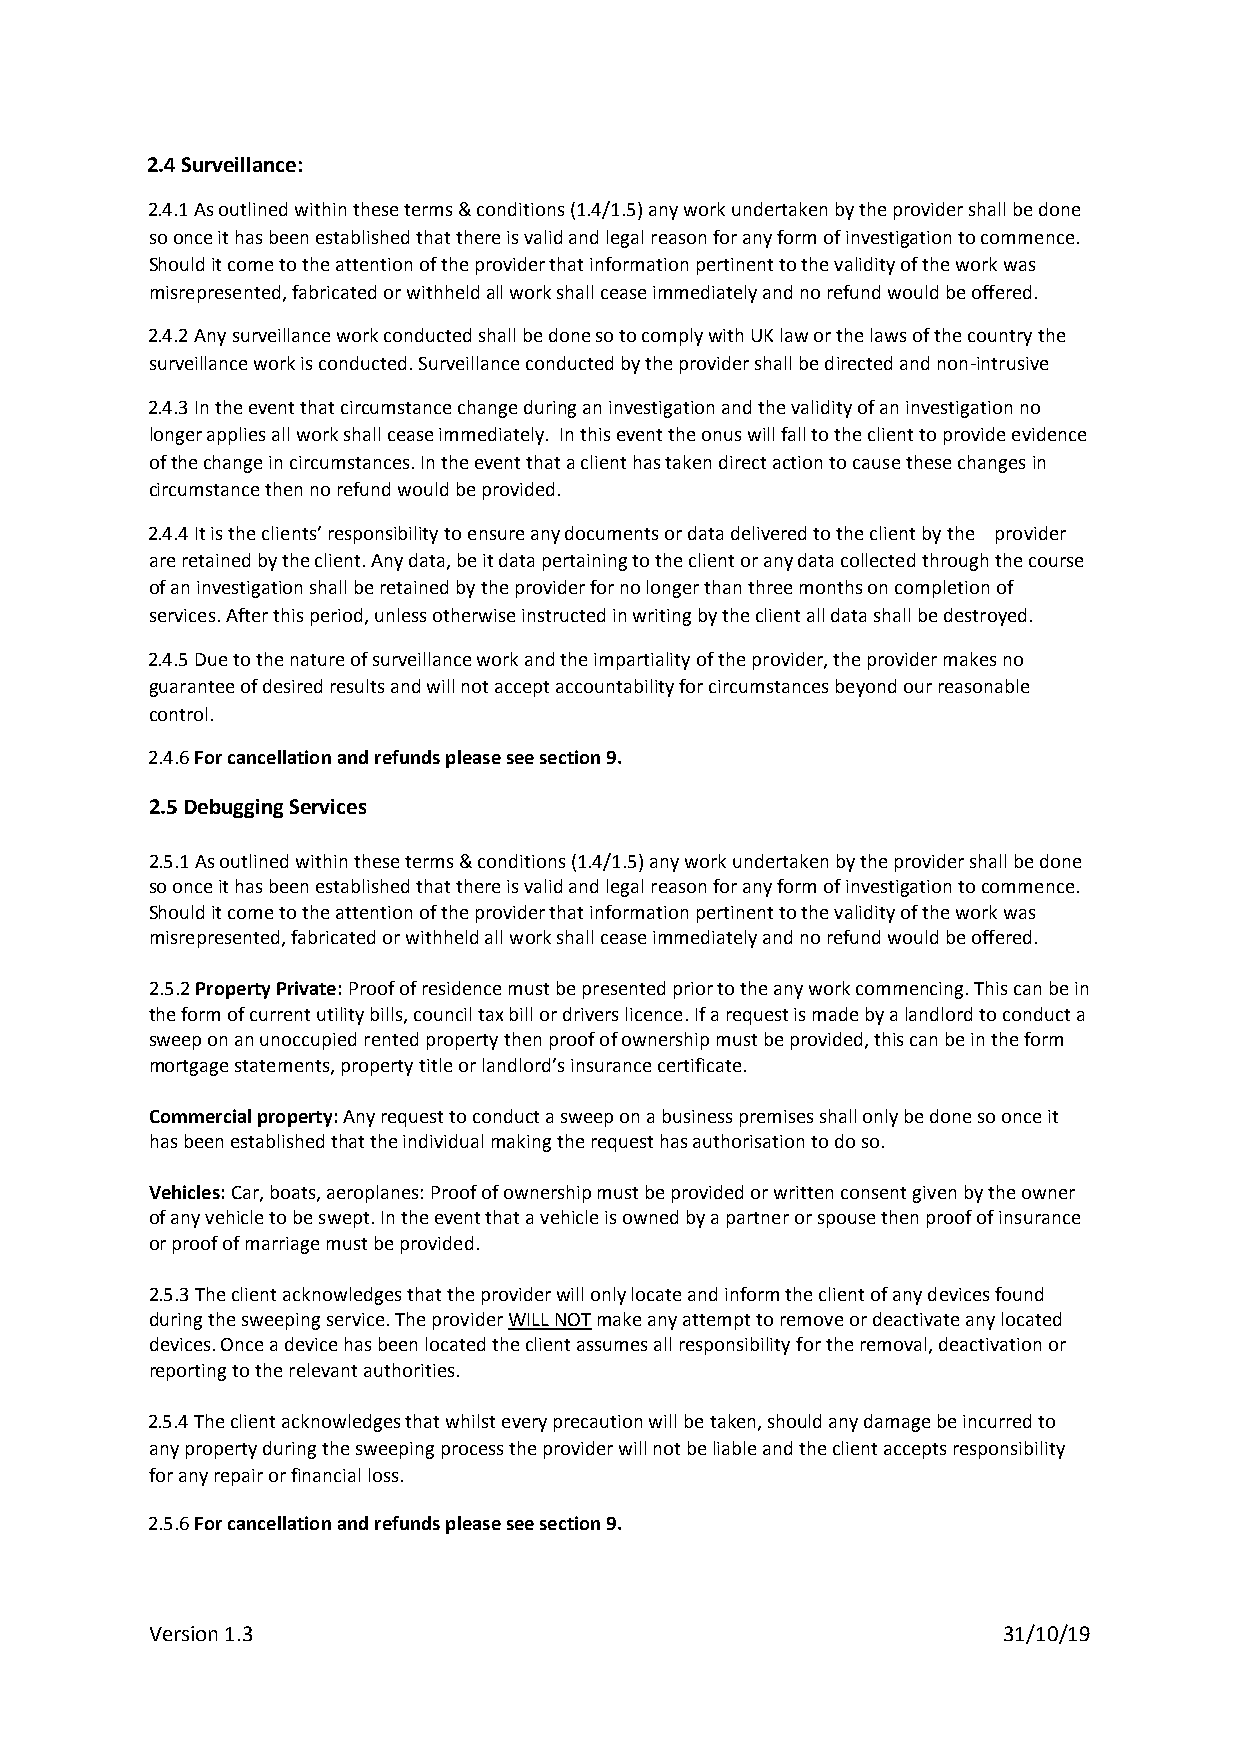
2.4 Surveillance:
 2.4.1 As outlined within these terms & conditions (1.4/1.5) any work undertaken by the provider shall be done
 so once it has been established that there is valid and legal reason for any form of investigation to commence.
 Should it come to the attention of the provider that information pertinent to the validity of the work was
 misrepresented, fabricated or withheld all work shall cease immediately and no refund would be offered.
 2.4.2 Any surveillance work conducted shall be done so to comply with UK law or the laws of the country the
 surveillance work is conducted. Surveillance conducted by the provider shall be directed and non-intrusive
 2.4.3 In the event that circumstance change during an investigation and the validity of an investigation no
 longer applies all work shall cease immediately. In this event the onus will fall to the client to provide evidence
 of the change in circumstances. In the event that a client has taken direct action to cause these changes in
 circumstance then no refund would be provided.
 2.4.4 It is the clients’ responsibility to ensure any documents or data delivered to the client by the provider
 are retained by the client. Any data, be it data pertaining to the client or any data collected through the course
 of an investigation shall be retained by the provider for no longer than three months on completion of
 services. After this period, unless otherwise instructed in writing by the client all data shall be destroyed.
 2.4.5 Due to the nature of surveillance work and the impartiality of the provider, the provider makes no
 guarantee of desired results and will not accept accountability for circumstances beyond our reasonable
 control.
 2.4.6 For cancellation and refunds please see section 9.
 2.5 Debugging Services
 2.5.1 As outlined within these terms & conditions (1.4/1.5) any work undertaken by the provider shall be done
 so once it has been established that there is valid and legal reason for any form of investigation to commence.
 Should it come to the attention of the provider that information pertinent to the validity of the work was
 misrepresented, fabricated or withheld all work shall cease immediately and no refund would be offered.
 2.5.2 Property Private: Proof of residence must be presented prior to the any work commencing. This can be in
 the form of current utility bills, council tax bill or drivers licence. If a request is made by a landlord to conduct a
 sweep on an unoccupied rented property then proof of ownership must be provided, this can be in the form
 mortgage statements, property title or landlord’s insurance certificate.
 Commercial property: Any request to conduct a sweep on a business premises shall only be done so once it
 has been established that the individual making the request has authorisation to do so.
 Vehicles: Car, boats, aeroplanes: Proof of ownership must be provided or written consent given by the owner
 of any vehicle to be swept. In the event that a vehicle is owned by a partner or spouse then proof of insurance
 or proof of marriage must be provided.
 2.5.3 The client acknowledges that the provider will only locate and inform the client of any devices found
 during the sweeping service. The provider WILL NOT make any attempt to remove or deactivate any located
 devices. Once a device has been located the client assumes all responsibility for the removal, deactivation or
 reporting to the relevant authorities.
 2.5.4 The client acknowledges that whilst every precaution will be taken, should any damage be incurred to
 any property during the sweeping process the provider will not be liable and the client accepts responsibility
 for any repair or financial loss.
 2.5.6 For cancellation and refunds please see section 9.
 Version 1.3                                             31/10/19